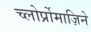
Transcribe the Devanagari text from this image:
च्लोर्प्रोमाज़िने